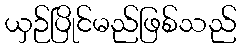
ယှဉ်ပြိုင်မည်ဖြစ်သည်